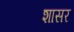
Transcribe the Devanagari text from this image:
शासर